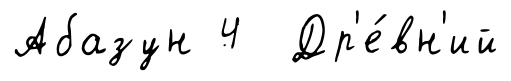
Абазун 4 Др'е́вн'ий